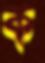
ক